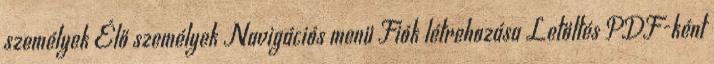
személyek Élő személyek Navigációs menü Fiók létrehozása Letöltés PDF-ként